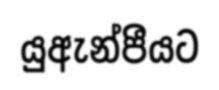
යුඇන්පීයට